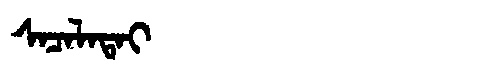
Manchu: ᠰᠠᠴᠠᠯᠠᡨᠠᡳ
Romanization: SACALATAI